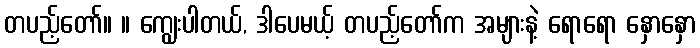
တပည့်တော်။ ။ ကျွေးပါတယ်, ဒါပေမယ့် တပည့်တော်က အများနဲ့ ရောရော နှောနှော